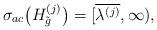
LaTeX: \begin{align*}\sigma_{ac}\big(H^{(j)}_{\tilde{g}}\big) = [\overline{\lambda^{(j)}},\infty),\end{align*}